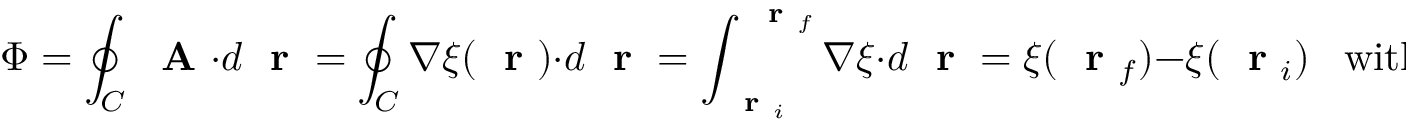
\Phi = \oint _ { C } \mathrm { ~ \bf ~ A ~ } \cdot d \mathrm { ~ \bf ~ r ~ } = \oint _ { C } \nabla \xi ( \mathrm { ~ \bf ~ r ~ } ) \cdot d \mathrm { ~ \bf ~ r ~ } = \int _ { \mathrm { ~ \bf ~ r ~ } _ { i } } ^ { \mathrm { ~ \bf ~ r ~ } _ { f } } \nabla \xi \cdot d \mathrm { ~ \bf ~ r ~ } = \xi ( \mathrm { ~ \bf ~ r ~ } _ { f } ) - \xi ( \mathrm { ~ \bf ~ r ~ } _ { i } ) \; \; \; \mathrm { w i t h } \; \; \mathrm { ~ \bf ~ r ~ } _ { f } = \mathrm { ~ \bf ~ r ~ } _ { i } \; .